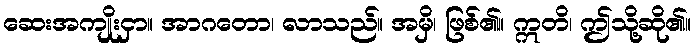
ဆေးအကျိုးငှာ။ အာဂတော၊ လာသည်။ အမှိ၊ ဖြစ်၏။ ဣတိ၊ ဤသို့ဆို၏။